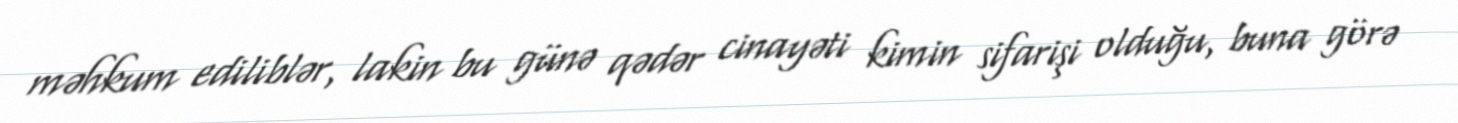
məhkum ediliblər, lakin bu günə qədər cinayəti kimin sifarişi olduğu, buna görə